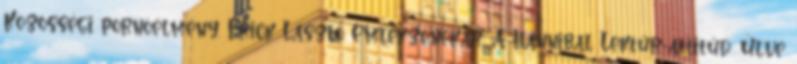
Közösségi pornóélmény. Frick László Emlékzenekar: A Hannibal Lektűr-attitűd: Ülve